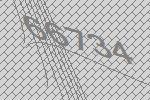
66734